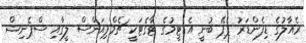
ރެއާލުގެ ޑިފެންޑަރު ޕެޕޭ ބުނީ އެ ޓީމުގެ ޓާގެޓަކީ ޗެމްޕިއަންސް ލީގާއި ސްޕެނިޝް